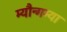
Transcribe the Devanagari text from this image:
म्यौन्गम्या